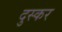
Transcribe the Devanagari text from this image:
दुस्कर